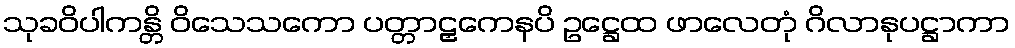
သုခဝိပါကန္တိ ဝိသေသကော ပတ္တာဠှကေနပိ ဥဋ္ဌေထ ဖာလေတုံ ဂိလာနုပဋ္ဌာကာ